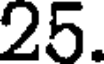
25.